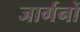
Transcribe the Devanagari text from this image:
जार्गनों